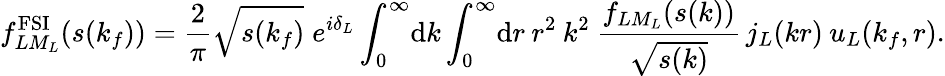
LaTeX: f_{LM_{L}}^{\mathrm{FSI}}(s(k_{f}))=\frac{2}{\pi}\sqrt{s(k_{f})}\; e^{i\delta_{L}}\int_{0}^{\infty}\! \mathrm{d}k\int_{0}^{\infty}\! \mathrm{d}r\: r^{2}\: k^{2}\: \frac{f_{LM_{L}}(s(k))}{\sqrt{s(k)}}\, j_{L}(kr)\: u_{L}(k_{f},r).